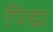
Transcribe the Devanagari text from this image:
पिढा